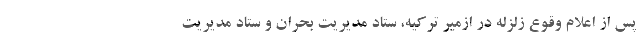
پس از اعلام وقوع زلزله در ازمیر ترکیه، ستاد مدیریت بحران و ستاد مدیریت